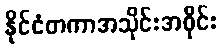
နိုင်ငံတကာအသိုင်းအဝိုင်း